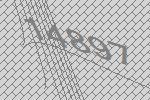
14897